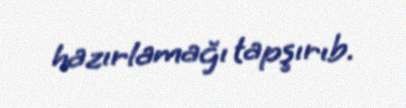
hazırlamağı tapşırıb.